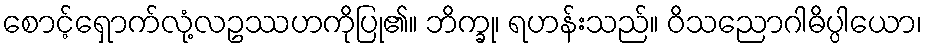
စောင့်ရှောက်လုံ့လဥဿဟကိုပြု၏။ ဘိက္ခု၊ ရဟန်းသည်။ ဝိသညောဂါဓိပ္ပါယော၊